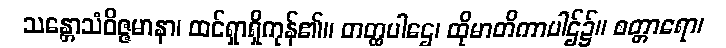
သန္တောသံဝိဇ္ဇမာနာ၊ ထင်ရှာရှိကုန်၏။ တတ္ထပါဌေ၊ ထိုမာတိကာပါဌ်၌။ စတ္တာရော၊